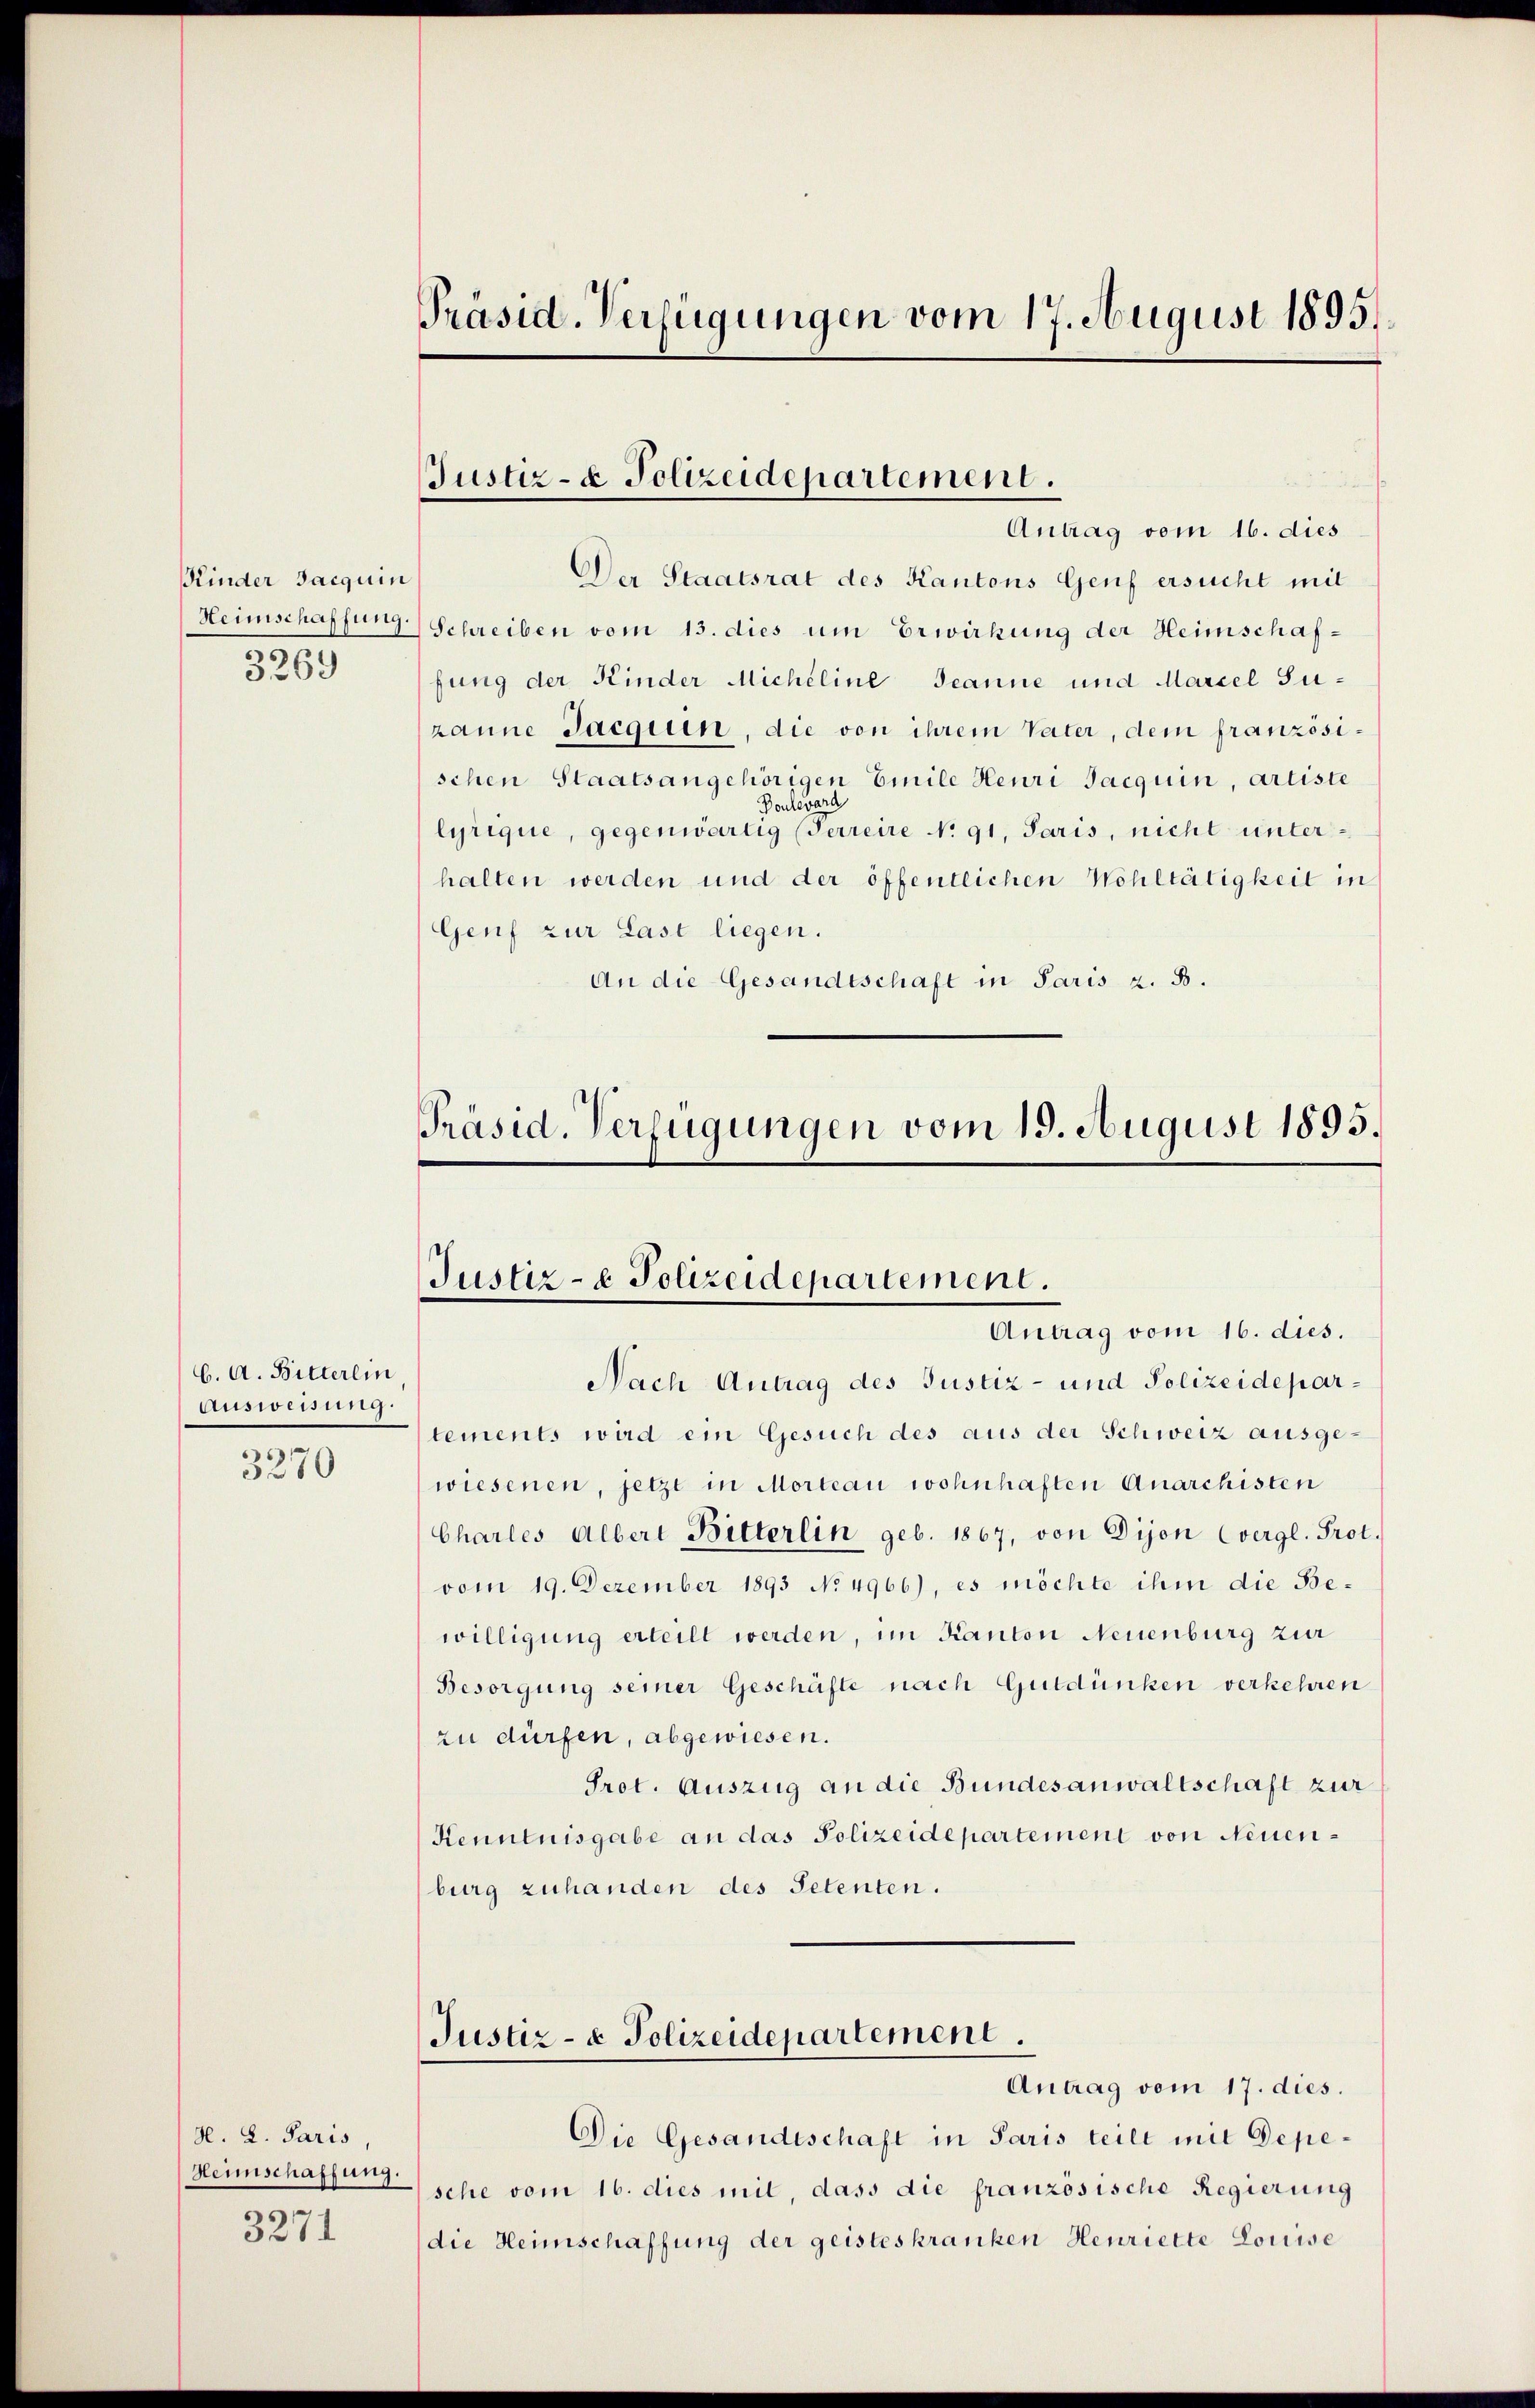
Kinder Jacquin
Heimschaffung.
3269

C. A. Bitterein
Ausweisung.
)
3280

d. L. Paris
Heimschaffung.
3271

Präsid. Verfügungen vom 17. August 1895.

Justiz- & Polizeidepartement.
Antrag vom 16. dies

Der Staatsrat des Kantons Genf ersucht mit
Schreiben vom 13. dies um Erwirkung der Heimschaffung der Kinder Micheline Jeanne und Marcel Suzanne Jacgiun, die von ihrem Vater, dem französischen Staatsangehörigen Einile Heuri Jacquin, Artiste
Poulevard
lyrique, gegenwärtig (Ferreire N. 91. Paris, nicht unterhalten werden und der öffentlichen Wohltätigkeit in
Genf zur Last liegen.
An die Gesandtschaft in Paris z. B.

Präsid. Verfügungen vom 19. August 1895.
Justiz- & Polizeidepartement.
Antrag vom 16. dies.

Nach Antrag des Justiz- und Polizeidepartements wird ein Gesuch des aus der Schweiz ausge-
wiesenen, jetzt in Morteau wohnhaften Anarchisten
Charles Albert Bitterlin geb. 1867, von Dijon Cvergl. Prot.
vom 19. Dezember 1893 No 4966), es möchte ihm die Bewilligung erteilt werden, im Kanton Neuenburg zur
Besorgung seiner Geschäfte nach Gutdünken verkehren
zu dürfen, abgewiesen.
Prot. Auszug an die Bundesanwaltschaft zur
Kenntnisgabe an das Polizeidepartement von Neuenburg zuhanden des Petenten.
Justiz- & Polizeidepartement.
Antrag vom 17. dies.
Die Gesandtschaft in Paris teile mit Depesche vom 16. dies mit, dass die franzosische Regierung
die Heimschaffung der geisteskranken Henriette Louise